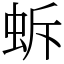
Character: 蚸